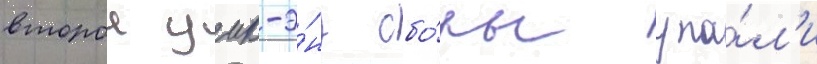
второи уик-э́нд сбо́ры упа́л'и